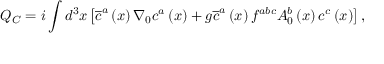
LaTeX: Q _ { C } = i \int d ^ { 3 } x \left[ \overline { { { c } } } ^ { a } \left( x \right) \nabla _ { 0 } c ^ { a } \left( x \right) + g \overline { { { c } } } ^ { a } \left( x \right) f ^ { a b c } A _ { 0 } ^ { b } \left( x \right) c ^ { c } \left( x \right) \right] ,